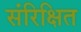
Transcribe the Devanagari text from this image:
संरिक्षित